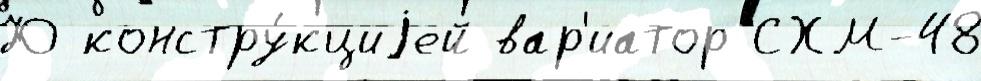
Ю констру́кциjей вар'иатор СХМ-48